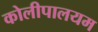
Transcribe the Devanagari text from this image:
कोलीपालयम